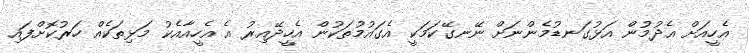
އެހީއަށް އެދުމުން އަޅުގަނޑުމެންނަށް ނޭނގޭކަމަކީ އެގައުމުތަކުން އެހީދޭއިރު އެ އެހީއާއެކު މަޅިތަކެއް ހަރުކޮށްފައި